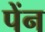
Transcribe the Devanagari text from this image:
पेंन